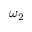
\omega _ { 2 }